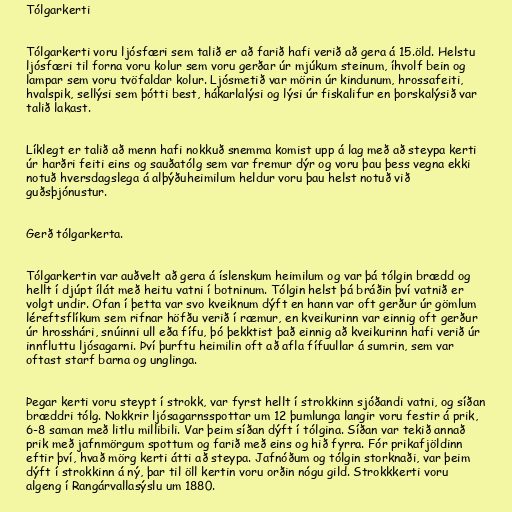
Tólgarkerti

Tólgarkerti voru ljósfæri sem talið er að farið hafi verið að gera á 15.öld. Helstu
ljósfæri til forna voru kolur sem voru gerðar úr mjúkum steinum, íhvolf bein og
lampar sem voru tvöfaldar kolur. Ljósmetið var mörin úr kindunum, hrossafeiti,
hvalspik, sellýsi sem þótti best, hákarlalýsi og lýsi úr fiskalifur en þorskalýsið var
talið lakast.

Líklegt er talið að menn hafi nokkuð snemma komist upp á lag með að steypa kerti
úr harðri feiti eins og sauðatólg sem var fremur dýr og voru þau þess vegna ekki
notuð hversdagslega á alþýðuheimilum heldur voru þau helst notuð við
guðsþjónustur.

Gerð tólgarkerta.

Tólgarkertin var auðvelt að gera á íslenskum heimilum og var þá tólgin brædd og
hellt í djúpt ílát með heitu vatni í botninum. Tólgin helst þá bráðin því vatnið er
volgt undir. Ofan í þetta var svo kveiknum dýft en hann var oft gerður úr gömlum
léreftsflíkum sem rifnar höfðu verið í ræmur, en kveikurinn var einnig oft gerður
úr hrosshári, snúinni ull eða fífu, þó þekktist það einnig að kveikurinn hafi verið úr
innfluttu ljósagarni. Því þurftu heimilin oft að afla fífuullar á sumrin, sem var
oftast starf barna og unglinga.

Þegar kerti voru steypt í strokk, var fyrst hellt í strokkinn sjóðandi vatni, og síðan
bræddri tólg. Nokkrir ljósagarnsspottar um 12 þumlunga langir voru festir á prik,
6-8 saman með litlu millibili. Var þeim síðan dýft í tólgina. Síðan var tekið annað
prik með jafnmörgum spottum og farið með eins og hið fyrra. Fór prikafjöldinn
eftir því, hvað mörg kerti átti að steypa. Jafnóðum og tólgin storknaði, var þeim
dýft í strokkinn á ný, þar til öll kertin voru orðin nógu gild. Strokkkerti voru
algeng í Rangárvallasýslu um 1880.